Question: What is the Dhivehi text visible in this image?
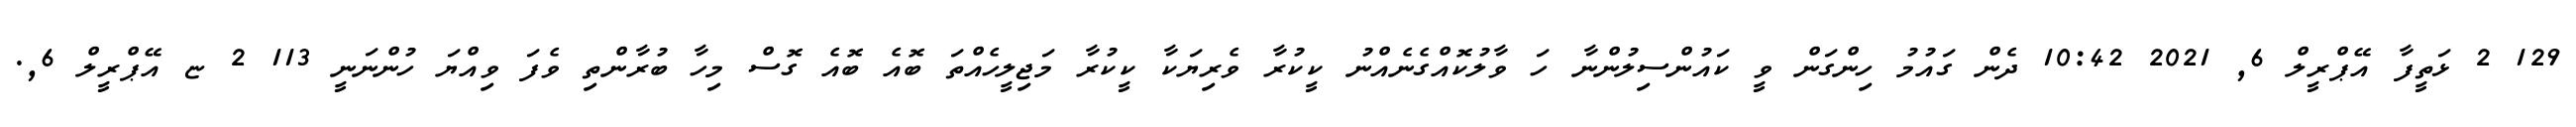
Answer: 129 2 ޅަތީފާ އޭޕްރީލް 6, 2021 10:42 ދެން ގައުމު ހިންގަން ވީ ކައުންސިލުންނާ ހަ ވާލުކޮއްގެނެއްނު ކީކުރާ ވެރިޔަކާ ކީކުރާ މަޖިލީހެއްތަ ބޮއެ ބޮއެ ގޮސް މިހާ ބުރާންތި ވެފަ ވިއްޔަ ހުންނަނީ 113 2 ޏ އޭޕްރީލް 6,.